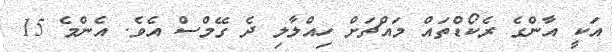
އަކީ އާންގެ ރެކޯޑްތައް މައްޗަށް ހިއްލާލި ދެ ގޭމްސް އެވެ. އެންމެ 15